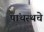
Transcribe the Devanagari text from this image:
पांथस्थचे